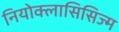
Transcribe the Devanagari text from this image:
नियोक्लासिसिज्म